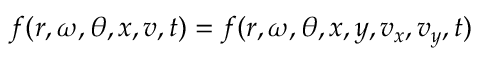
f ( r , \omega , \theta , \boldsymbol { x } , \boldsymbol { v } , t ) = f ( r , \omega , \theta , x , y , v _ { x } , v _ { y } , t )